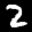
Label: 2